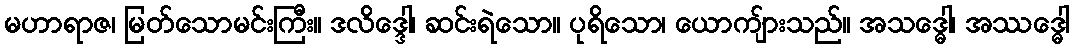
မဟာရာဇ၊ မြတ်သောမင်းကြီး။ ဒလိဒ္ဒေါ၊ ဆင်းရဲသော။ ပုရိသော၊ ယောကျ်ားသည်။ အသဒ္ဓေါ၊ အဿဒ္ဓေါ